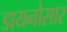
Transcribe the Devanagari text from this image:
डायनोसार